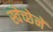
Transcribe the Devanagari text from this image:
स्वेच्छेनें